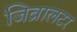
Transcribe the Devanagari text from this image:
जिब्रालटर